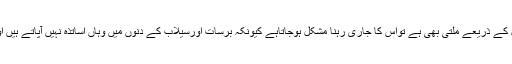
یہاں 90فیصد ناخواندگی ہے، پرائمری تعلیم ایک سرکاری اسکول کے ذریعے ملتی بھی ہے تواس کا جاری رہنا مشکل ہوجاتاہے کیونکہ برسات اورسیلاب کے دنوں میں وہاں اساتذہ نہیں آپاتے ہیں اورقریب کے شہرارریہ جانے کا کوئی باضابطہ نظم ہی نہیں ہے۔